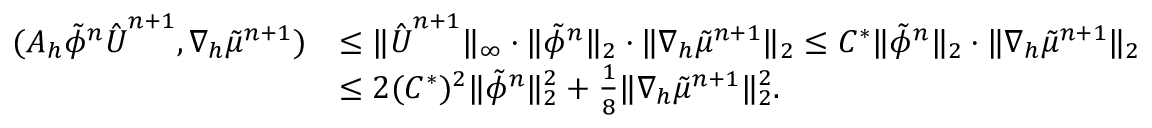
\begin{array} { r l } { ( A _ { h } \tilde { \phi } ^ { n } \hat { \boldsymbol { U } } ^ { n + 1 } , \nabla _ { h } \tilde { \mu } ^ { n + 1 } ) } & { \leq \| \hat { \boldsymbol { U } } ^ { n + 1 } \| _ { \infty } \cdot \| \tilde { \phi } ^ { n } \| _ { 2 } \cdot \| \nabla _ { h } \tilde { \mu } ^ { n + 1 } \| _ { 2 } \leq C ^ { * } \| \tilde { \phi } ^ { n } \| _ { 2 } \cdot \| \nabla _ { h } \tilde { \mu } ^ { n + 1 } \| _ { 2 } } \\ & { \leq 2 ( C ^ { * } ) ^ { 2 } \| \tilde { \phi } ^ { n } \| _ { 2 } ^ { 2 } + \frac { 1 } { 8 } \| \nabla _ { h } \tilde { \mu } ^ { n + 1 } \| _ { 2 } ^ { 2 } . } \end{array}